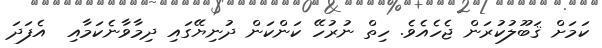
ކަމަށް ޤަބޫލުކުރަން ޖެހެއެވެ. ހިތް ނުރުހޭ ކަންކަން ދުނިޔޭގައި ދިމާވާނެކަމާއި  އެފަދަ